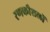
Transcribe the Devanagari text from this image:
रणकौशलों